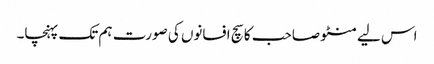
اس لیے منٹو صاحب کا سچ افسانوں کی صورت ہم تک پہنچا۔